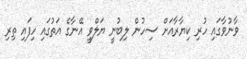
ވާނުވާގައި ހުރި ކިޔާރާއަށް ސިހުން ލިބުނީ ޔަލްވީ އޭނާގެ އަތުގައި ހިފައި ތިރި